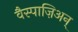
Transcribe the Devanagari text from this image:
वैस्पाज़िअन्